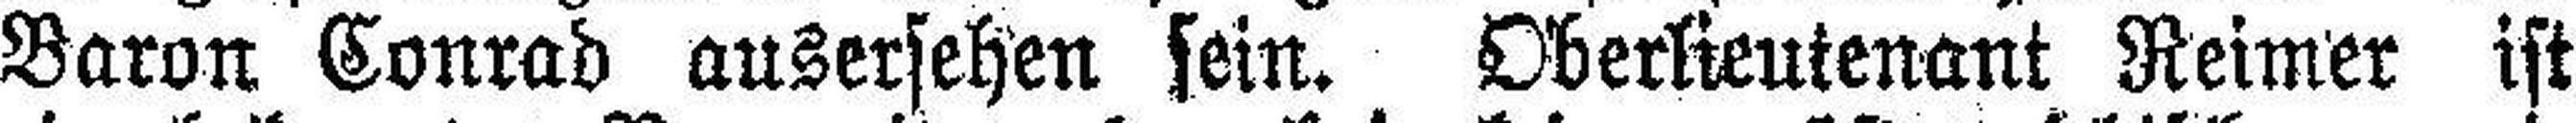
Baron Conrad ausersehen sein. Oberlieutenant Reimer ist